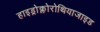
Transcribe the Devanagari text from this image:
हाइड्रोक्लोरोथियाजाइड